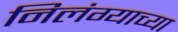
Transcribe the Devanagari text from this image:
निलंग्याच्या